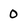
Character: 0